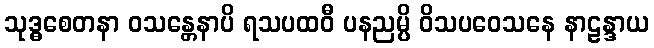
သုဒ္ဓစေတနာ ဝသန္တေနာပိ ရသပထဝီ ပနညမ္ပိ ဝိသပဝေသနေ နာဠန္ဒာယ